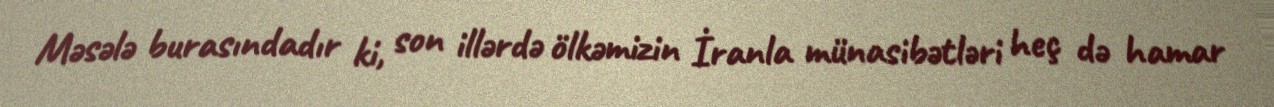
Məsələ burasındadır ki, son illərdə ölkəmizin İranla münasibətləri heç də hamar